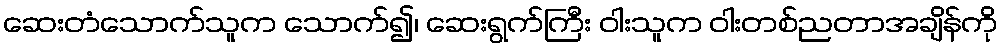
ဆေးတံသောက်သူက သောက်၍၊ ဆေးရွက်ကြီး ဝါးသူက ဝါးတစ်ညတာအချိန်ကို